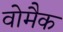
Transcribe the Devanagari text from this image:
वोमैक